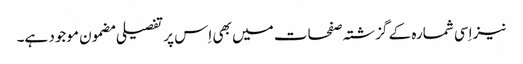
نیز اِسی شمارہ کے گزشتہ صفحات میں بھی اِس پر تفصیلی مضمون موجود ہے۔